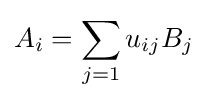
A_{i}=\sum _{j=1}u_{ij}B_{j}